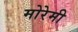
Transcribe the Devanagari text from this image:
मोरेमी